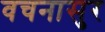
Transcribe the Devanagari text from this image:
वचनासुर